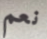
نعم